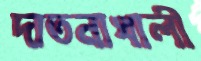
দাতনাখালী